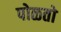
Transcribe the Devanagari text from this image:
पोळतो